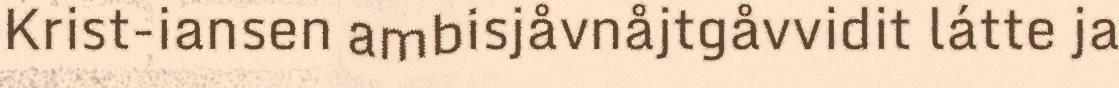
Krist-iansen ambisjåvnåjtgåvvidit látte ja